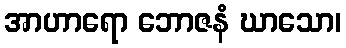
အာဟာရော ဘောဇနံ ဃာသော၊